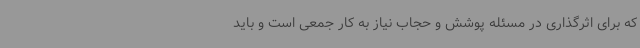
که برای اثرگذاری در مسئله پوشش و حجاب نیاز به کار جمعی است و باید